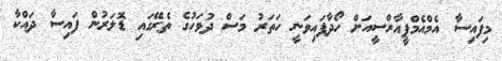
މިފައިސާ އެމްއެމްޕީއާރްސީއަށް ހޯދާފައިވަނީ ހަތަރު މަސް ދުވަހުގެ ތެރޭގައި ޑޮލަރުން ފައިސާ ދައްކާ